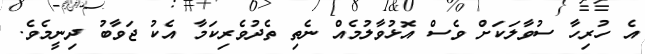
އެ ހުރިހާ ސުވާލަކަށް ވެސް އޮޅުވާލުމެއް ނެތި ތެދުވެރިކަމާ އެކު ޖަވާބު ދިނީމެވެ.